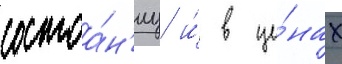
состоа́н'иу и́ в це́нах